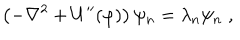
LaTeX: \left( - \nabla ^ { 2 } + U ^ { \prime \prime } ( \varphi ) \right) \psi _ { n } = \lambda _ { n } \psi _ { n } \; ,